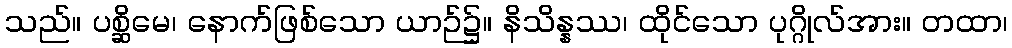
သည်။ ပစ္ဆိမေ၊ နောက်ဖြစ်သော ယာဉ်၌။ နိသိန္နဿ၊ ထိုင်သော ပုဂ္ဂိုလ်အား။ တထာ၊